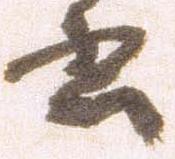
書